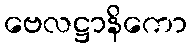
ဗေလဋ္ဌာနိကော